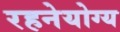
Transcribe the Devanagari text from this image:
रहनेयोग्य